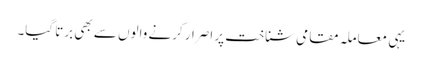
یہی معاملہ مقامی شناخت پر اصرار کرنے والوں سے بھی برتا گیا۔